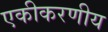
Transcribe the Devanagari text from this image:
एकीकरणीय